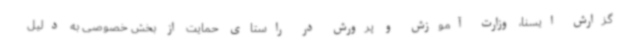
گزارش ایسنا، وزارت آموزش و پرورش در راستای حمایت از بخش خصوصی به دلیل